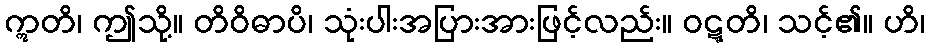
ဣတိ၊ ဤသို့။ တိဝိဓာပိ၊ သုံးပါးအပြားအားဖြင့်လည်း။ ဝဋ္ဋတိ၊ သင့်၏။ ဟိ၊